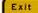
exit